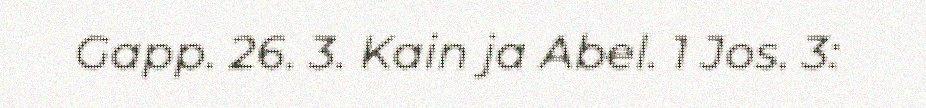
Gapp. 26. 3. Kain ja Abel. 1 Jos. 3: